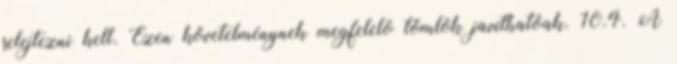
selejtezni kell. Ezen követelménynek megfelelõ tömlõk javíthatóak. 10.4. A